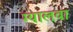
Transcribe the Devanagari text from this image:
ग्यालवा